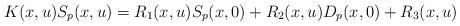
LaTeX: \begin{align*}K(x,u)S_p(x,u) = R_1(x,u)S_p(x,0) + R_2(x,u)D_p(x,0) + R_3(x,u)\end{align*}